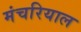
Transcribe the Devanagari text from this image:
मंचरियाल